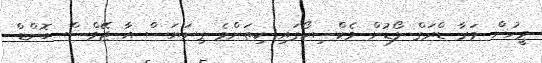
މީހުން މަރާ ޑްރަގް ލޯޑުން މެކްސިކޯގައި ކިތަންމެ ގިނަޔަސް އާ ޖޭމްސް ބޮންޑް